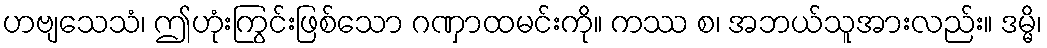
ဟဗျသေသံ၊ ဤဟုံးကြွင်းဖြစ်သော ဂဏှာထမင်းကို။ ကဿ စ၊ အဘယ်သူအားလည်း။ ဒမ္မိ၊